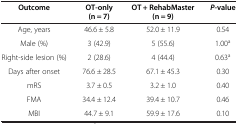
| Outcome | OT-only (n = 7) | OT + RehabMaster (n = 9) | P-value |
 | --- | --- | --- | --- |
 | Age, years | 46.6 ± 5.8 | 52.0 ± 11.9 | 0.54 |
 | Male (%) | 3 (42.9) | 5 (55.6) | 1.00a |
 | Right-side lesion (%) | 2 (28.6) | 4 (44.4) | 0.63a |
 | Days after onset | 76.6 ± 28.5 | 67.1 ± 45.3 | 0.30 |
 | mRS | 3.7 ± 0.5 | 3.2 ± 1.0 | 0.40 |
 | FMA | 34.4 ± 12.4 | 39.4 ± 10.7 | 0.46 |
 | MBI | 44.7 ± 9.1 | 59.9 ± 17.6 | 0.10 |